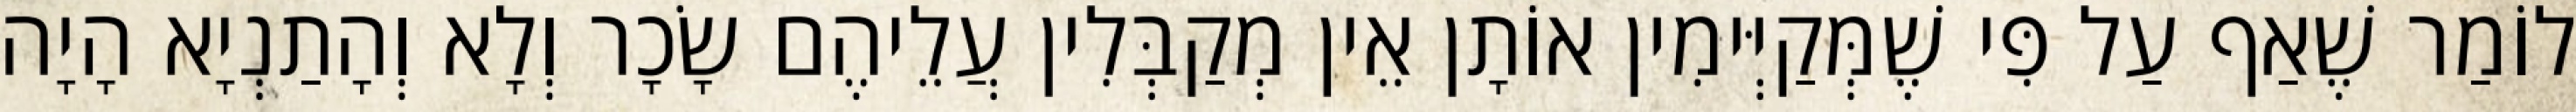
לוֹמַר שֶׁאַף עַל פִּי שֶׁמְּקַיְּימִין אוֹתָן אֵין מְקַבְּלִין עֲלֵיהֶם שָׂכָר וְלָא וְהָתַנְיָא הָיָה